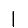
Digit: 1